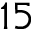
1 5